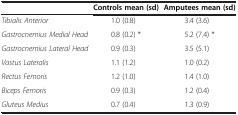
<table><thead><tr><td><b> </b></td><td><b>Controls mean (sd)</b></td><td><b>Amputees mean (sd)</b></td></tr></thead><tbody><tr><td><i>Tibialis Anterior</i></td><td>1.0 (0.8)</td><td>3.4 (3.6)</td></tr><tr><td><i>Gastrocnemius Medial Head</i></td><td>0.8 (0.2) *</td><td>5.2 (7.4) *</td></tr><tr><td><i>Gastrocnemius Lateral Head</i></td><td>0.9 (0.3)</td><td>3.5 (5.1)</td></tr><tr><td><i>Vastus Lateralis</i></td><td>1.1 (1.2)</td><td>1.0 (0.2)</td></tr><tr><td><i>Rectus Femoris</i></td><td>1.2 (1.0)</td><td>1.4 (1.0)</td></tr><tr><td><i>Biceps Femoris</i></td><td>0.9 (0.3)</td><td>1.2 (0.4)</td></tr><tr><td><i>Gluteus Medius</i></td><td>0.7 (0.4)</td><td>1.3 (0.9)</td></tr></tbody></table>